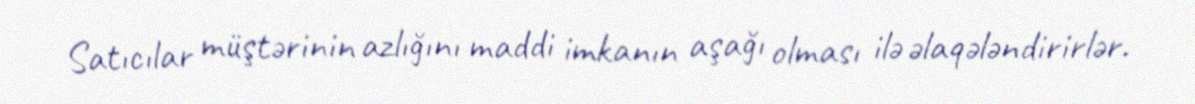
Satıcılar müştərinin azlığını maddi imkanın aşağı olması ilə əlaqələndirirlər.